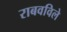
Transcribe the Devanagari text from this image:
राबवविले